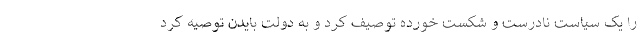
را یک سیاست نادرست و شکست خورده توصیف کرد و به دولت بایدن توصیه کرد